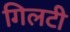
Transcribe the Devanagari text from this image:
गिलटी